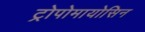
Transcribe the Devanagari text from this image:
ट्रोपोमायोसिन